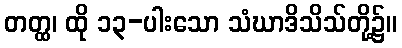
တတ္ထ၊ ထို ၁၃-ပါးသော သံဃာဒိသိသ်တို့၌။